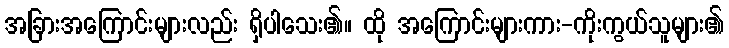
အခြားအကြောင်းများလည်း ရှိပါသေး၏။ ထို အကြောင်းများကား-ကိုးကွယ်သူများ၏